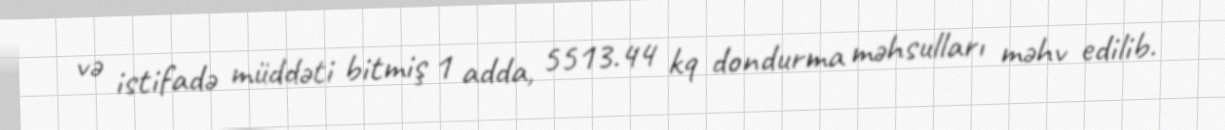
və istifadə müddəti bitmiş 1 adda, 5513.44 kq dondurma məhsulları məhv edilib.